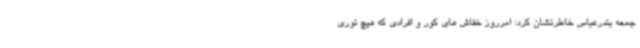
جمعه بندرعباس خاطرنشان کرد: امرروز خفاش های کور و افرادی که هیچ نوری